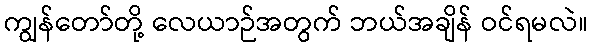
ကျွန်တော်တို့ လေယာဉ်အတွက် ဘယ်အချိန် ဝင်ရမလဲ။